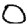
Digit: 0